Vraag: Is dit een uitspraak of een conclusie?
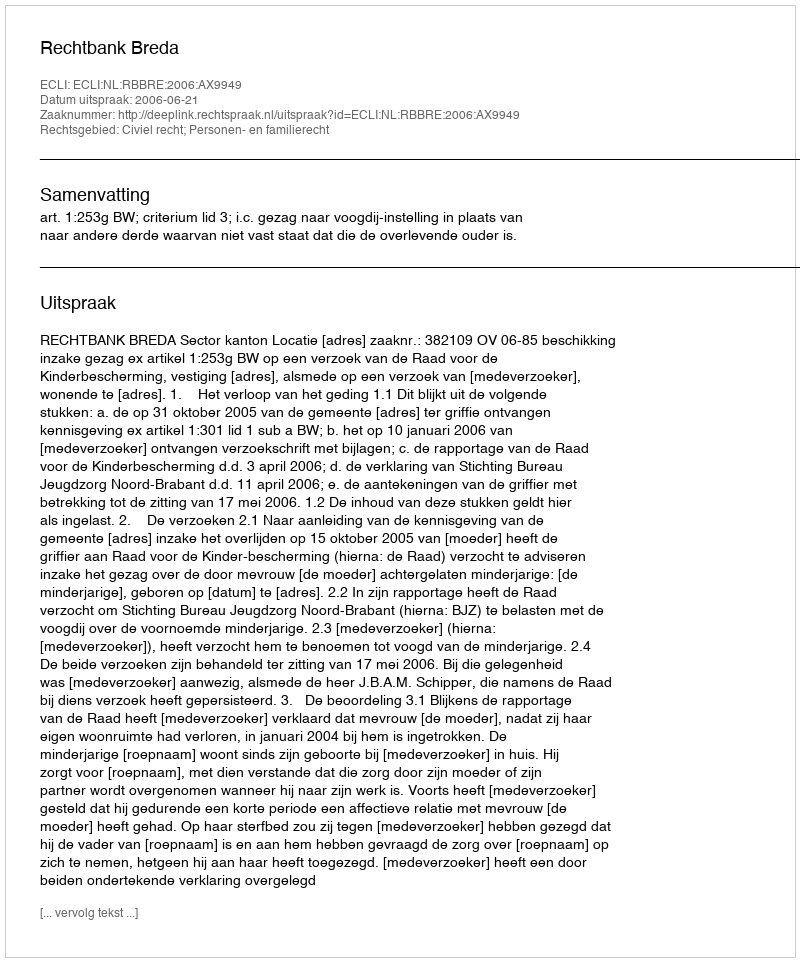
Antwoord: Uitspraak